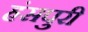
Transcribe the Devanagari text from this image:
हंसपुरी